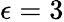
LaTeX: \epsilon=3